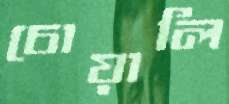
চোয়ালি